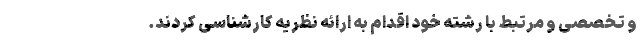
و تخصصی و مرتبط با رشته خود اقدام به ارائه نظریه کارشناسی کردند.